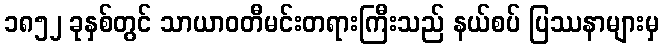
၁၈၅၂ ခုနှစ်တွင် သာယာဝတီမင်းတရားကြီးသည် နယ်စပ် ပြဿနာများမှ